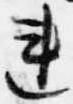
連